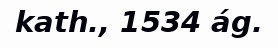
kath., 1534 ág.